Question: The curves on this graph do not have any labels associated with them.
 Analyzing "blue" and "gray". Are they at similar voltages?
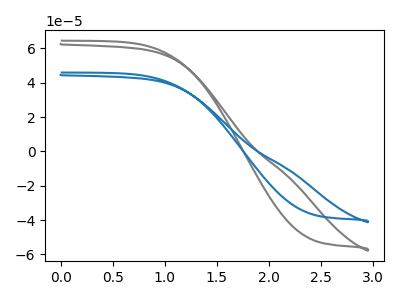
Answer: <think>The gray curve "gray" has no peaks. The blue curve "blue" has no peaks.
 Neither "blue" or "gray" have any peaks.</think>
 <answer>"blue" and "gray" are similar in shape.</answer>
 <eval>same_shape</eval>